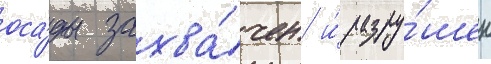
оса́ды захва́чен и́ разру́шен